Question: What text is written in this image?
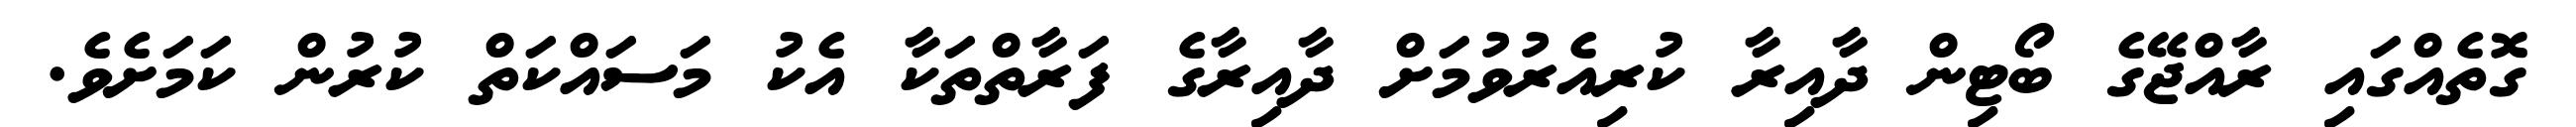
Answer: ގޮތެއްގައި ރާއްޖޭގެ ބޯޓިން ދާއިރާ ކުރިއެރުވުމަށް ދާއިރާގެ ފަރާތްތަކާ އެކު މަސައްކަތް ކުރުން ކަމަށެވެ.